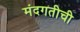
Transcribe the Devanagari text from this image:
मंदगतीची